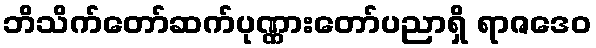
ဘိသိက်တော်ဆက်ပုဏ္ဏားတော်ပညာရှိ ရာဇဒေဝ